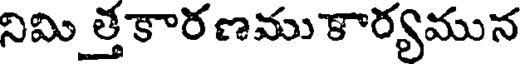
నిమి త్తకారణము కార్యమున